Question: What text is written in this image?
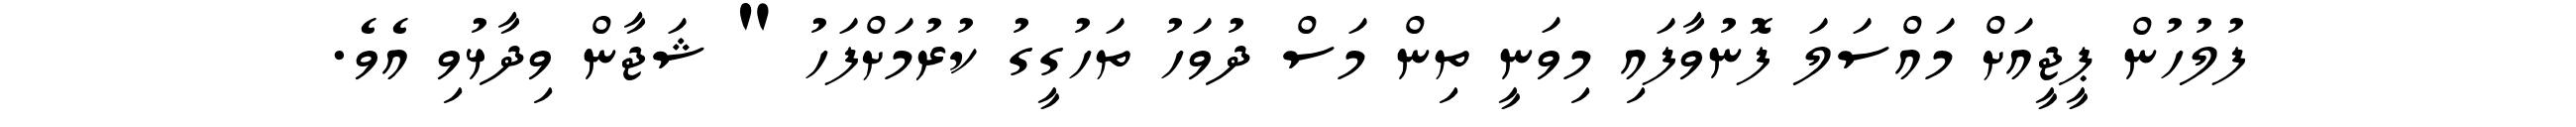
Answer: ފުލުހުން ޕީޖީއަށް މައްސަލަ ފޮނުވާފައި މިވަނީ ތިން މަސް ދުވަހު ތަހުގީގު ކުރުމަށްފަހު " ޝަޖާން ވިދާޅުވި އެވެ.